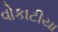
વોકાટીયા